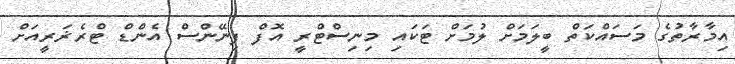
އިމާރާތުގެ މަސައްކަތް ބީލަމަށް ލުމަށް ޓަކައި މިނިސްޓްރީ އޮފް ފިނޭންސް އެންޑް ޓްރެޜަރީއަށް